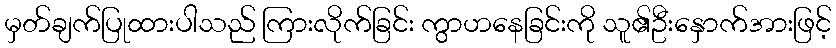
မှတ်ချက်ပြုထားပါသည် ကြားလိုက်ခြင်း ကွာဟနေခြင်းကို သူ၏ဦးနှောက်အားဖြင့်